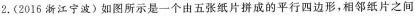
2.(2016浙江宁波)如图所示是一个由五张纸片拼成的平行四边形，相邻纸片之间